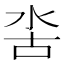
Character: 𣳖